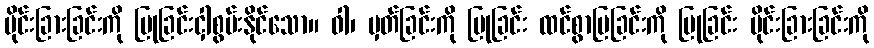
ပိုင်းခြားခြင်းကို ပြုခြင်းငှါစွမ်းနိုင်သော။ ဝါ၊ မှတ်ခြင်းကို ပြုခြင်း ထင်စွာပြခြင်းကို ပြုခြင်း ပိုင်းခြားခြင်းကို